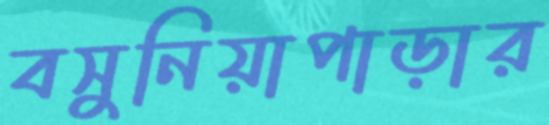
বসুনিয়াপাড়ার